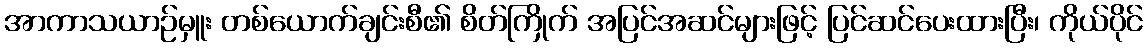
အာကာသယာဉ်မှူး တစ်ယောက်ချင်းစီ၏ စိတ်ကြိုက် အပြင်အဆင်များဖြင့် ပြင်ဆင်ပေးထားပြီး၊ ကိုယ်ပိုင်